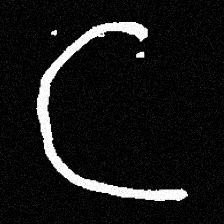
Pyu character \u2014 Myanmar letter: ဋ (romanized: tta)